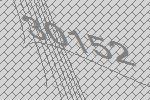
30152